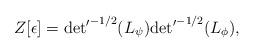
LaTeX: \begin{align*}Z[\epsilon ]={{\det }'}^{-1/2} (L_\psi ){{\det }'}^{-1/2} (L_\phi ), \end{align*}